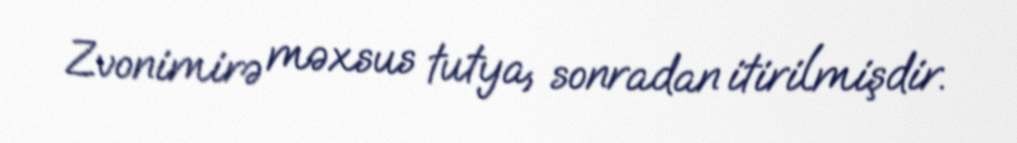
Zvonimirə məxsus tutya, sonradan itirilmişdir.